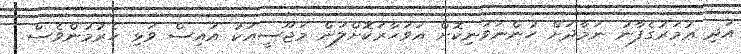
އަދި ޢުމަރުގެފާނު ނަމާދަށް ހުންނަވަނިކޮށް އަވަހާރަކޮށްލަން މަޖޫސީއަކު އައިސް ވަޅި ހެރުމުންވެސް